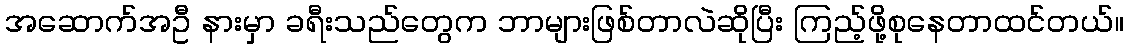
အဆောက်အဦ နားမှာ ခရီးသည်တွေက ဘာများဖြစ်တာလဲဆိုပြီး ကြည့်ဖို့စုနေတာထင်တယ်။